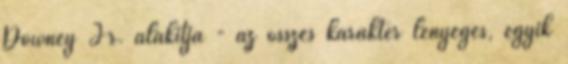
Downey Jr. alakítja - az összes karakter lényeges, egyik